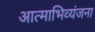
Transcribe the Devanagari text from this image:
आत्‍माभिव्‍यंजना